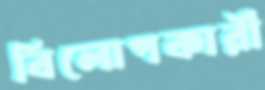
বিলোপকারী